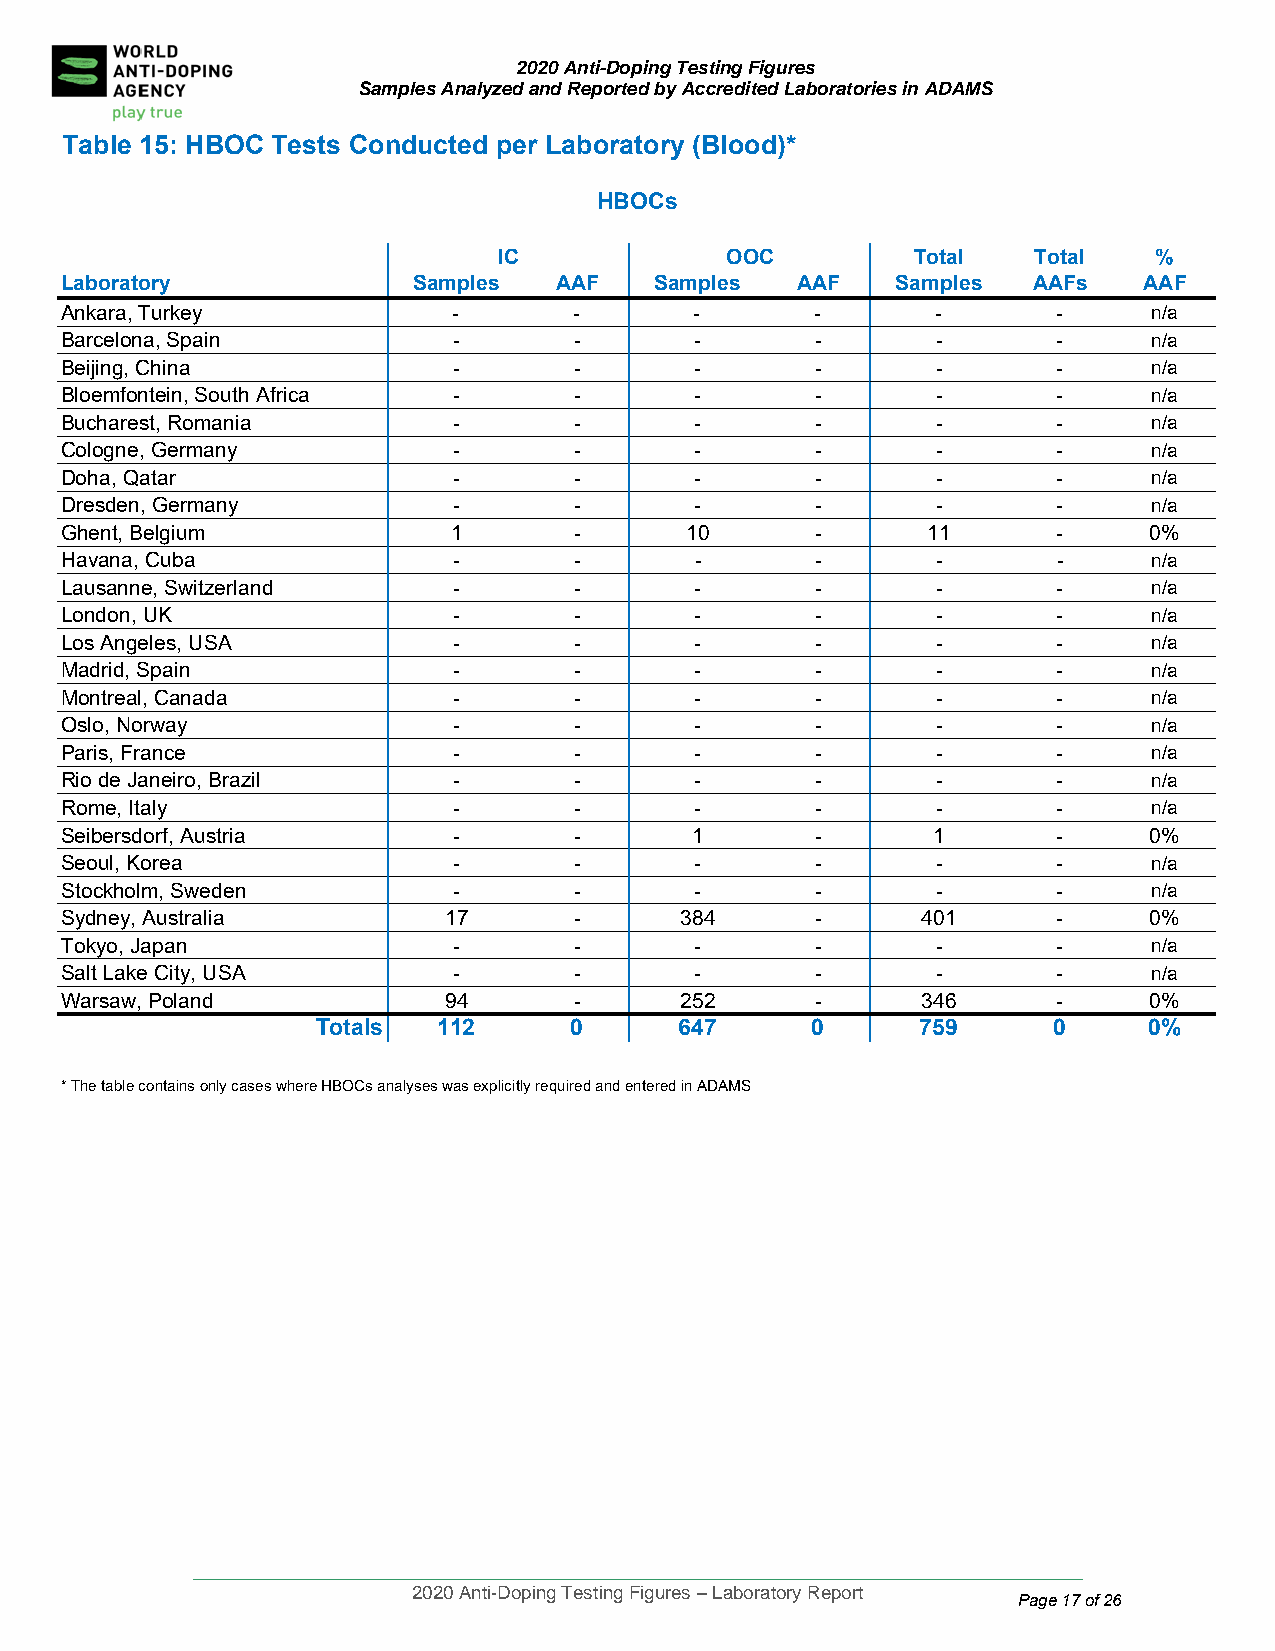
2020 Anti-Doping Testing Figures
 Samples Analyzed and Reported by Accredited Laboratories in ADAMS
 Table 15: H BOC Tests Conducted per Laboratory (Blood)*
 HBOCs
 IC             OOC          Total   Total  %
 Laboratory             Samples   AAF   Samples   AAF   Samples  AAFs    AAF
 Ankara, Turke y           -       -       -       -       -       -     n/a
 Barcelona, Sp ain         -       -       -       -       -       -     n/a
 Beijing, China            -       -       -       -       -       -     n/a
 Bloemfontein, South Africa -      -       -       -       -       -     n/a
 Bucharest, Ro mania       -       -       -       -       -       -     n/a
 Cologne, Germ any         -       -       -       -       -       -     n/a
 Doha, Qatar               -       -       -       -       -       -     n/a
 Dresden, Germ any         -       -       -       -       -       -     n/a
 Ghent, Belgiu m           1       -      10       -      11       -     0%
 Havana, Cuba              -       -       -       -       -       -     n/a
 Lausanne, Sw itzerland    -       -       -       -       -       -     n/a
 London, UK                -       -       -       -       -       -     n/a
 Los Angeles, USA          -       -       -       -       -       -     n/a
 Madrid, Spain             -       -       -       -       -       -     n/a
 Montreal, Canada          -       -       -       -       -       -     n/a
 Oslo, Norway              -       -       -       -       -       -     n/a
 Paris, France             -       -       -       -       -       -     n/a
 Rio de Janeiro, Brazil    -       -       -       -       -       -     n/a
 Rome, Italy               -       -       -       -       -       -     n/a
 Seibersdorf, Austria      -       -       1       -       1       -     0%
 Seoul, Korea              -       -       -       -       -       -     n/a
 Stockholm, Sweden         -       -       -       -       -       -     n/a
 Sydney, Australia        17       -      384      -      401      -     0%
 Tokyo, Japan              -       -       -       -       -       -     n/a
 Salt Lake City, USA       -       -       -       -       -       -     n/a
 Warsaw, Poland           94       -      252      -      346      -     0%
 Totals  112      0      647      0      759      0     0%
 * The table contains only cases where HBOCs analyses was explicitly required and entered in ADAMS
 ____________________________________________________________________________________
 2020 Anti-Doping Testing Figures – Laboratory Report
 Page 17 of 26